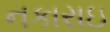
નકારાઇ